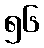
၅၆